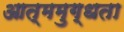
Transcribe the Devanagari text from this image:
आत्ममुग्धता